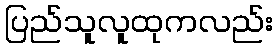
ပြည်သူလူထုကလည်း